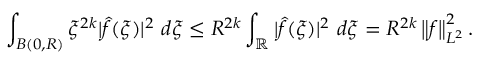
\int _ { B ( 0 , R ) } \xi ^ { 2 k } | \hat { f } ( \xi ) | ^ { 2 } \ d \xi \leq R ^ { 2 k } \int _ { \mathbb { R } } | \hat { f } ( \xi ) | ^ { 2 } \ d \xi = R ^ { 2 k } \left\| f \right\| _ { L ^ { 2 } } ^ { 2 } .